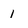
Character: 1